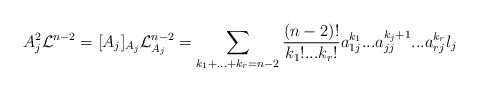
\begin{align*}A_{j}^{2}\mathcal{L}^{n-2}=[A_{j}]_{A_{j}}\mathcal{L}_{A_{j}}^{n-2}=\sum_{k_{1}+...+k_{r}=n-2}\frac{(n-2)!}{k_{1}!...k_{r}!}a_{1j}^{k_{1}}...a_{jj}^{k_{j}+1}...a_{rj}^{k_{r}}l_{j} \end{align*}